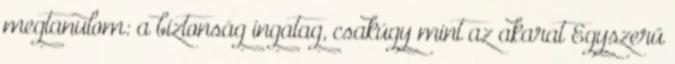
megtanulom: a biztonság ingatag, csakúgy mint az akarat Egyszerű